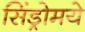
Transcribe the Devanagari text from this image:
सिंड्रोमये